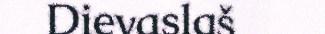
Dievaslaš